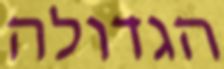
הגדולה